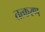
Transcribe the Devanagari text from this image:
तत्करण